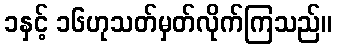
၁နှင့် ၁၆ဟုသတ်မှတ်လိုက်ကြသည်။